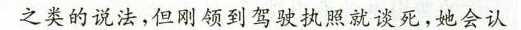
之类的说法，但对领到驾驶执照就谈死，她会认